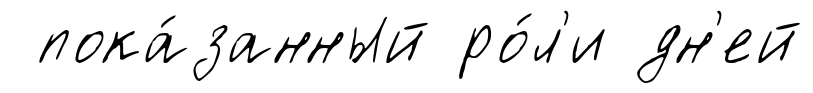
пока́занный ро́л'и дн'ей